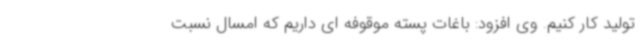
تولید کار کنیم. وی افزود: باغات پسته موقوفه ای داریم که امسال نسبت